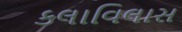
કલાવિલાસ